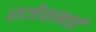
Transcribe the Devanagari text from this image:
राजेशभाई